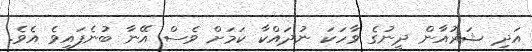
އަދި ޝަރުއާން ދީނުގެ ވާހަކަ ނުދައްކާ ކަމަށް ވެސް އޭނާ ބުނެފައިވެ އެވެ.